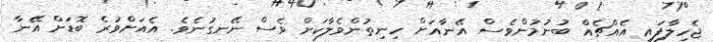
ޖެހިލާފައި އެއްޗެއް ބުނުމުންވެސް އޭނާއަށް ހިނިތުންވެލާކަށް ވެސް ނޭނގުނެވެ. އެއަށްވުރެ ބޮޑަށް އޭނާ